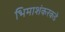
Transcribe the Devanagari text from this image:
भिमाशंकरकडे